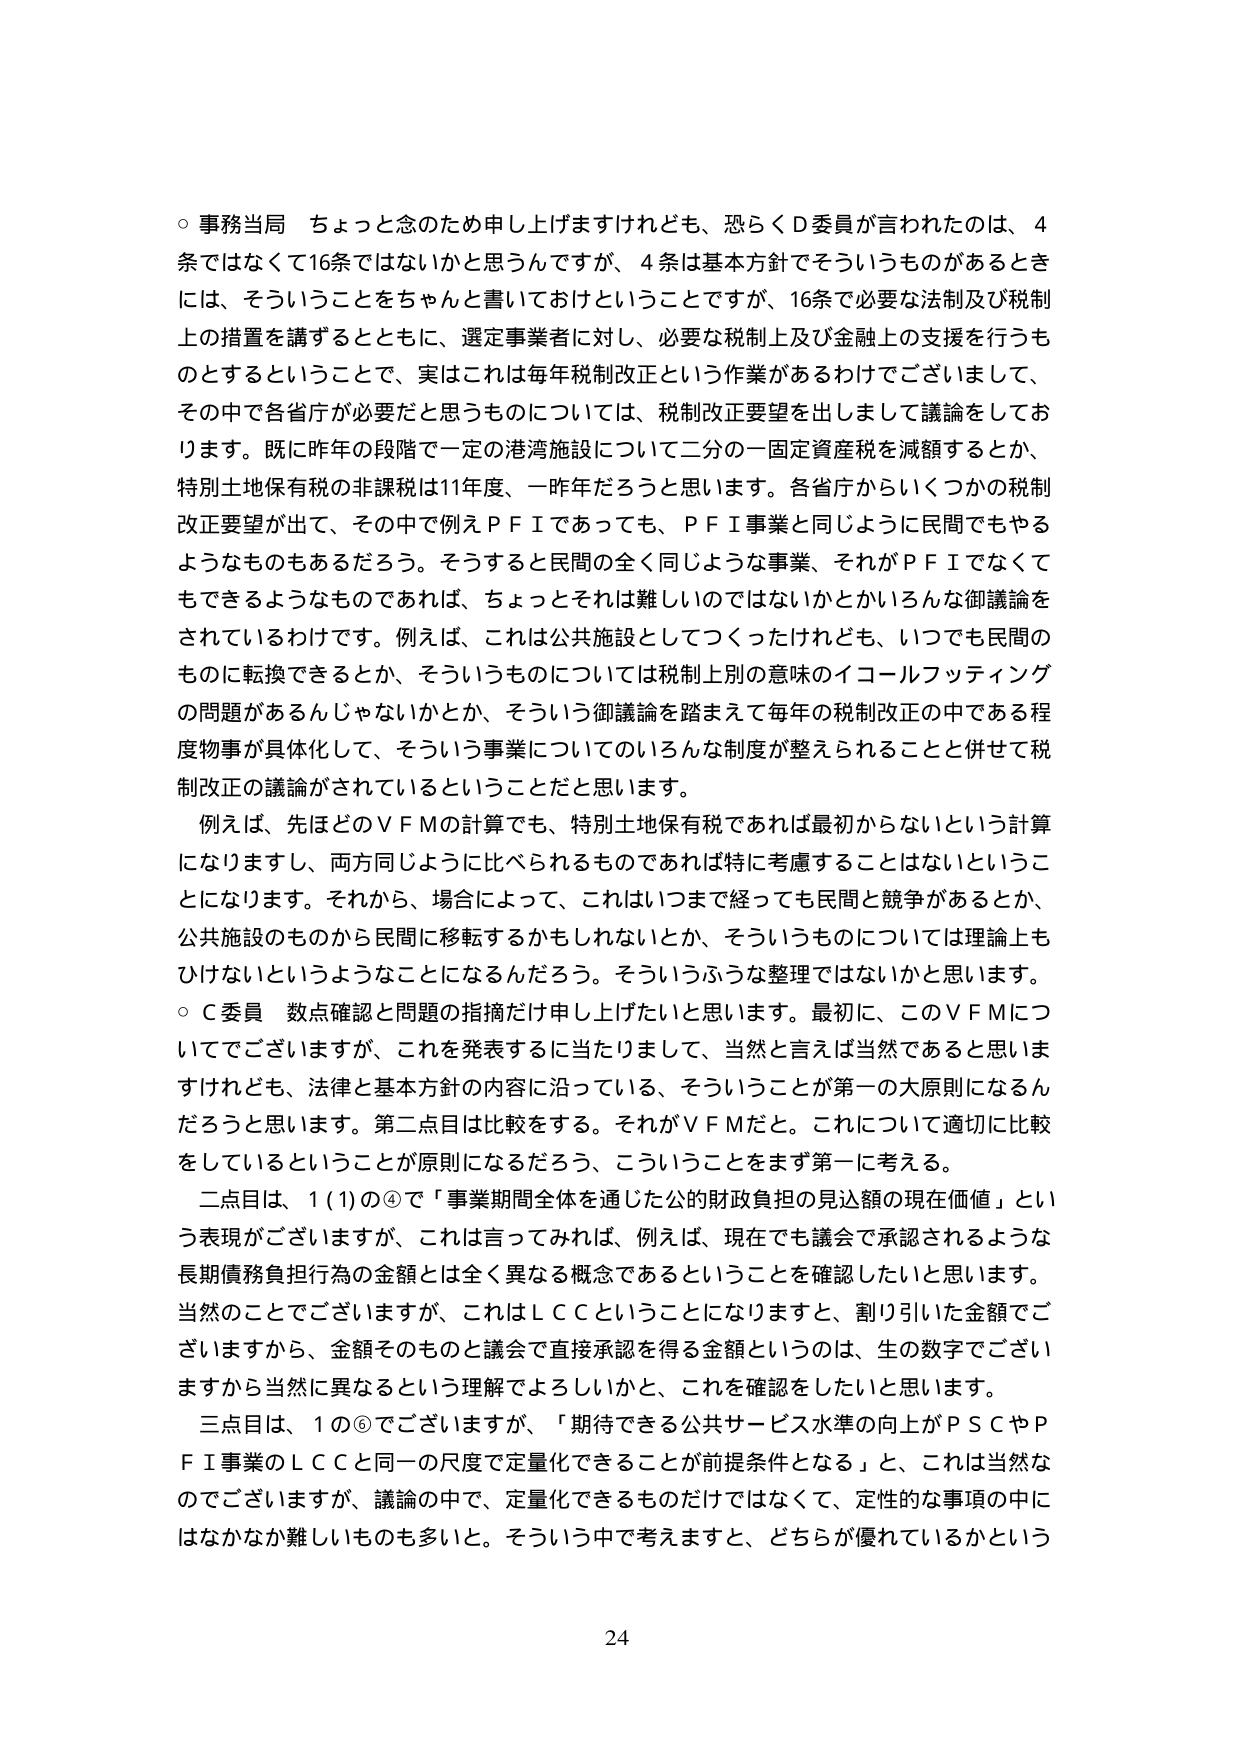
○ 事務当局 ちょっと念のため申し上げますけれども、恐らくＤ委員が言われたのは、４条ではなくて16条ではないかと思うんですが、４条は基本方針でそういうものがあるときには、そういうことをちゃんと書いておけということですが、16条で必要な法制及び税制上の措置を講ずるとともに、選定事業者に対し、必要な税制上及び金融上の支援を行うものとするということで、実はこれは毎年税制改正という作業があるわけでございまして、その中で各省庁が必要だと思うものについては、税制改正要望を出しまして議論をしております。既に昨年の段階で一定の港湾施設について二分の一固定資産税を減額するとか、特別土地保有税の非課税は11年度、一昨年だろうと思います。各省庁からいくつかの税制改正要望が出て、その中で例えばＰＦＩであっても、ＰＦＩ事業と同じように民間でもやるようなものもあるだろう。そうすると民間の全く同じような事業、それがＰＦＩでなくてもできるようなものであれば、ちょっとそれは難しいのではないかとかいろんな御議論をされているわけです。例えば、これは公共施設としてつくったけれども、いつでも民間のものに転換できるとか、そういうものについては税制上別の意味のイコールフッティングの問題があるんじゃないかとか、そういう御議論を踏まえて毎年の税制改正の中である程度物事が具体化して、そういう事業についてのいろんな制度が整えられることと併せて税制改正の議論がされているということだと思います。

　例えば、先ほどのＶＦＭの計算でも、特別土地保有税であれば最初からないという計算になりますし、両方同じように比べられるものであれば特に考慮することはないということになります。それから、場合によって、これはいつまで経っても民間と競争があるとか、公共施設のものから民間に移転するかもしれないとか、そういうものについては理論上もひけないというようなことになるんだろう。そういうふうな整理ではないかと思います。

○ Ｃ委員 数点確認と問題の指摘だけ申し上げたいと思います。最初に、このＶＦＭについてでございますが、これを発表するに当たりまして、当然と言えば当然であると思いますけれども、法律と基本方針の内容に沿っている、そういうことが第一の大原則になるんだろうと思います。第二点目は比較をする。それがＶＦＭだと。これについて適切に比較をしているということが原則になるだろう、こういうことをまず第一に考える。

　二点目は、１(1)の④で「事業期間全体を通じた公的財政負担の見込額の現在価値」という表現がございますが、これは言ってみれば、例えば、現在でも議会で承認されるような長期債務負担行為の金額とは全く異なる概念であるということを確認したいと思います。当然のことでございますが、これはＬＣＣということになりますと、割り引いた金額でございますから、金額そのものと議会で直接承認を得る金額というのは、生の数字でございますから当然に異なるという理解でよろしいかと、これを確認をしたいと思います。

　三点目は、１の⑥でございますが、「期待できる公共サービス水準の向上がＰＳＣやＰＦＩ事業のＬＣＣと同一の尺度で定量化できることが前提条件となる」と、これは当然なのでございますが、議論の中で、定量化できるものだけではなくて、定性的な事項の中にはなかなか難しいものも多いと。そういう中で考えますと、どちらが優れているかという

24